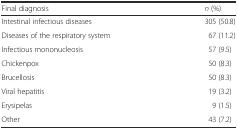
<table><thead><tr><td><b>Final diagnosis</b></td><td><b><i>n</i> (%)</b></td></tr></thead><tbody><tr><td>Intestinal infectious diseases</td><td>305 (50.8)</td></tr><tr><td>Diseases of the respiratory system</td><td>67 (11.2)</td></tr><tr><td>Infectious mononucleosis</td><td>57 (9.5)</td></tr><tr><td>Chickenpox</td><td>50 (8.3)</td></tr><tr><td>Brucellosis</td><td>50 (8.3)</td></tr><tr><td>Viral hepatitis</td><td>19 (3.2)</td></tr><tr><td>Erysipelas</td><td>9 (1.5)</td></tr><tr><td>Other</td><td>43 (7.2)</td></tr></tbody></table>